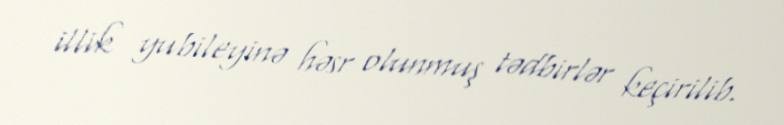
illik yubileyinə həsr olunmuş tədbirlər keçirilib.